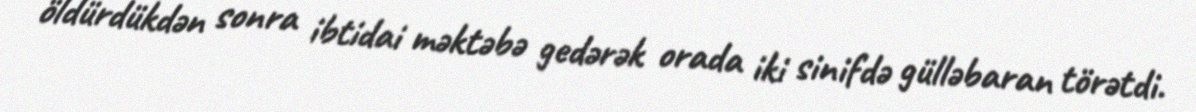
öldürdükdən sonra ibtidai məktəbə gedərək orada iki sinifdə gülləbaran törətdi.